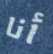
أنا